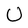
Character: U